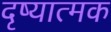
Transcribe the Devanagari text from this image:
दृष्यात्मक